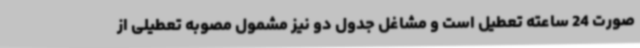
صورت 24 ساعته تعطیل است و مشاغل جدول دو نیز مشمول مصوبه‌ تعطیلی از